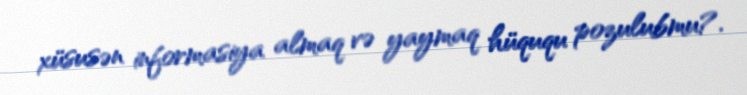
xüsusən informasiya almaq və yaymaq hüququ pozulubmu?.